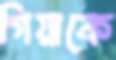
গিয়াকে